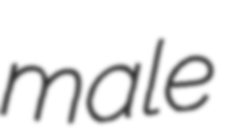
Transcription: male